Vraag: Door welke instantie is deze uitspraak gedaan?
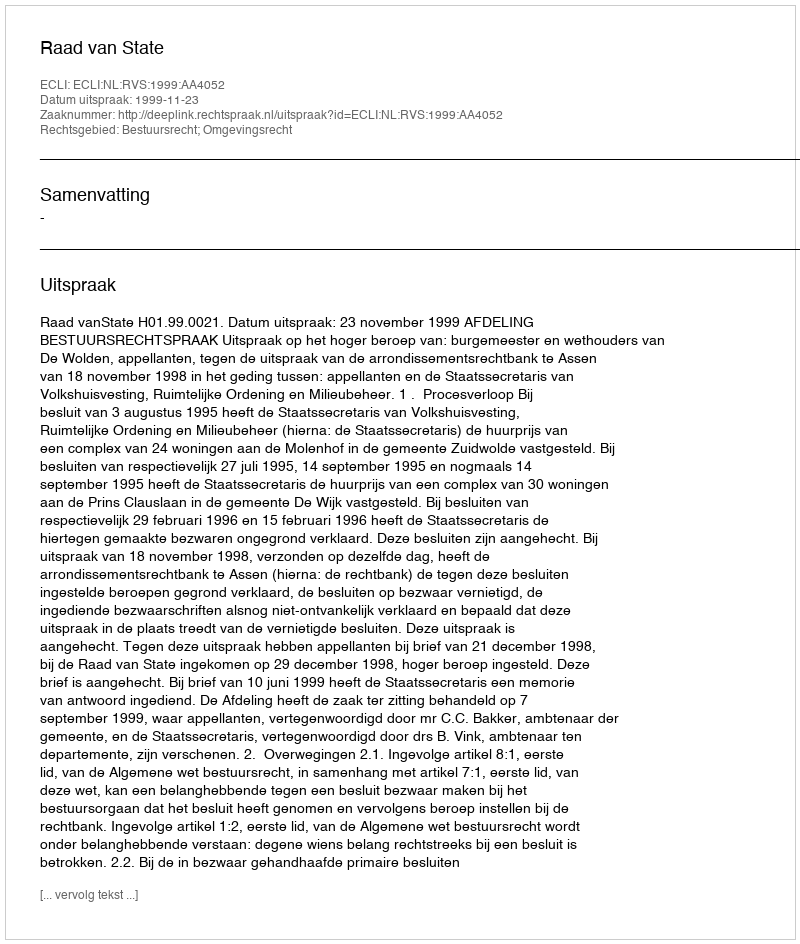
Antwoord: Raad van State